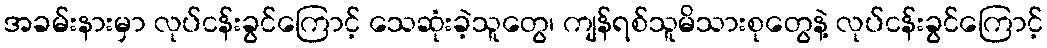
အခမ်းနားမှာ လုပ်ငန်းခွင်ကြောင့် သေဆုံးခဲ့သူတွေ၊ ကျန်ရစ်သူမိသားစုတွေနဲ့ လုပ်ငန်းခွင်ကြောင့်